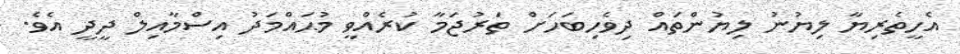
އެހީތެރިޔާ ލިޔުނު ލިޔުންތައް ދިވެހިބަހަށް ތަރުޖަމާ ކުރެއްވީ މުޙައްމަދު އިސްމާއިލް ދީދީ އެވެ.